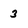
Character: 3